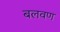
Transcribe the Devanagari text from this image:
बलवण